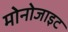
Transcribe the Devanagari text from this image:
मोनोजाइट